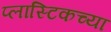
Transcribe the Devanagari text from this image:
प्लास्टिकच्या